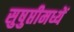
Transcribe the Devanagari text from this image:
सुषुप्तीमध्यें